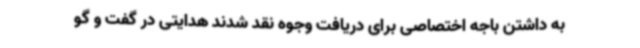
به داشتن باجه اختصاصی برای دریافت وجوه نقد شدند هدایتی در گفت و گو